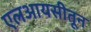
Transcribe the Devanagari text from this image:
एलआयसीतून